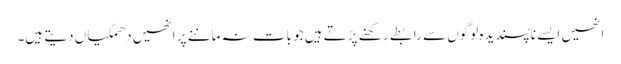
انھیں ایسے ناپسندیدہ لوگوں سے رابطے رکھنے پڑتے ہیں جو بات نہ ماننے پر انھیں دھمکیاں دیتے ہیں۔